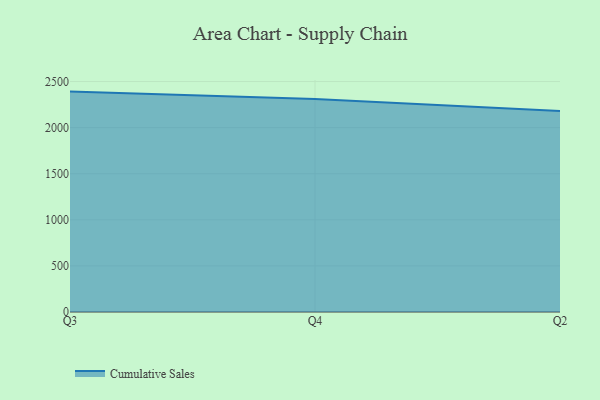
{"axis": {"x": "Quarter", "y": "Revenue (USD Million)"}, "legend": ["Cumulative Sales"], "data": [{"x": "Q3", "y": 2390.7, "type": "Cumulative Sales"}, {"x": "Q4", "y": 2309.7, "type": "Cumulative Sales"}, {"x": "Q2", "y": 2180.6, "type": "Cumulative Sales"}]}